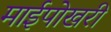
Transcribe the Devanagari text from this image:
माईपोखरी